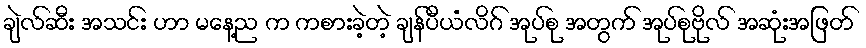
ချဲလ်ဆီး အသင်း ဟာ မနေ့ည က ကစားခဲ့တဲ့ ချန်ပီယံလိဂ် အုပ်စု အတွက် အုပ်စုဗိုလ် အဆုံးအဖြတ်